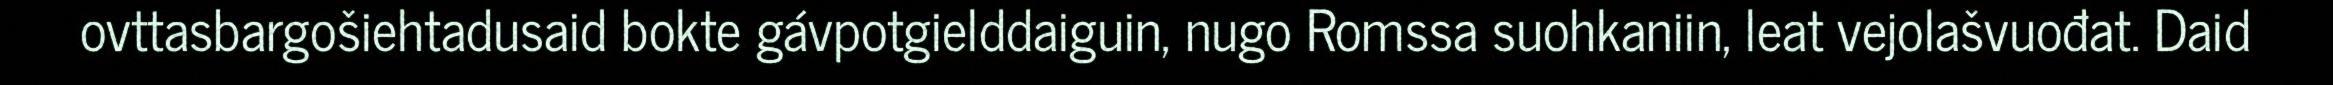
ovttasbargošiehtadusaid bokte gávpotgielddaiguin, nugo Romssa suohkaniin, leat vejolašvuođat. Daid